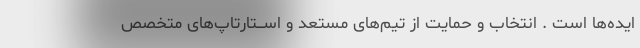
ایده‌ها است . انتخاب و حمایت از تیم‌های مستعد و اســـتارتاپ‌های متخصص